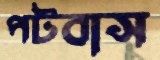
পটবাস